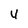
Character: 4